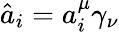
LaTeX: \hat{a}_{i}=a_{i}^{\mu}\gamma_{\nu}